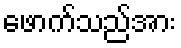
ဖောက်သည်အား